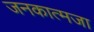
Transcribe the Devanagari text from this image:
जनकात्मजा